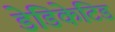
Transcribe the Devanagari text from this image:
डेडिकेटिड